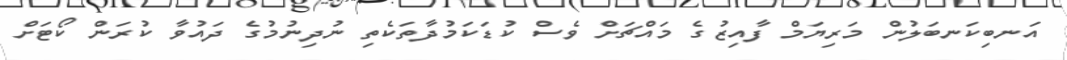
އަނބިކަނބަލުން މަރިޔަމް ފާއިޒުގެ މައްޗަށް ވެސް ކުޑަކަމުދާތަކެތި ނުދިނުމުގެ ދައުވާ ކުރަން ކޯޓަށް